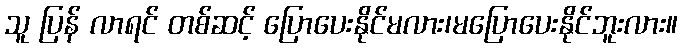
သူ ပြန် လာရင် တစ်ဆင့် ပြောပေးနိုင်မလား၊မပြောပေးနိုင်ဘူးလား။